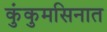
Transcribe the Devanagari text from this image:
कुंकुमसिनात